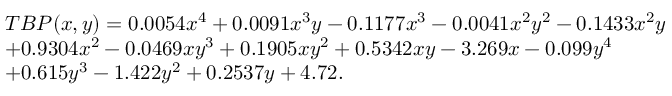
\begin{array} { r l } & { T B P ( x , y ) = 0 . 0 0 5 4 x ^ { 4 } + 0 . 0 0 9 1 x ^ { 3 } y - 0 . 1 1 7 7 x ^ { 3 } - 0 . 0 0 4 1 x ^ { 2 } y ^ { 2 } - 0 . 1 4 3 3 x ^ { 2 } y } \\ & { + 0 . 9 3 0 4 x ^ { 2 } - 0 . 0 4 6 9 x y ^ { 3 } + 0 . 1 9 0 5 x y ^ { 2 } + 0 . 5 3 4 2 x y - 3 . 2 6 9 x - 0 . 0 9 9 y ^ { 4 } } \\ & { + 0 . 6 1 5 y ^ { 3 } - 1 . 4 2 2 y ^ { 2 } + 0 . 2 5 3 7 y + 4 . 7 2 . } \end{array}